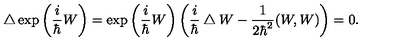
\bigtriangleup \exp \left( \frac { i } { \hbar } W \right) = \exp \left( \frac { i } { \hbar } W \right) \left( \frac { i } { \hbar } \bigtriangleup W - \frac { 1 } { 2 \hbar ^ { 2 } } ( W , W ) \right) = 0 .